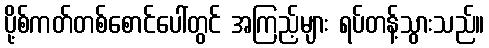
ပို့စ်ကတ်တစ်စောင်ပေါ်တွင် အကြည့်များ ရပ်တန့်သွားသည်။